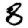
Digit: 8